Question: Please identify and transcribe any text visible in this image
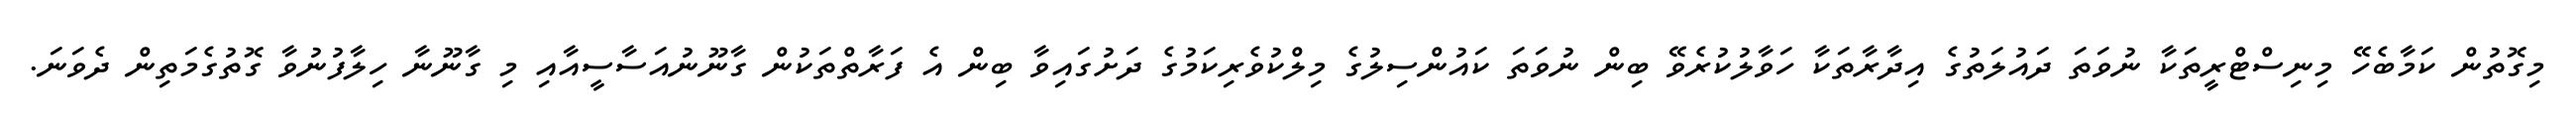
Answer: މިގޮތުން ކަމާބެހޭ މިނިސްޓްރީތަކާ ނުވަތަ ދައުލަތުގެ އިދާރާތަކާ ހަވާލުކުރެވޭ ބިން ނުވަތަ ކައުންސިލުގެ މިލްކުވެރިކަމުގެ ދަށުގައިވާ ބިން އެ ފަރާތްތަކުން ގާނޫނުއަސާސީއާއި މި ގާނޫނާ ހިލާފުނުވާ ގޮތުގެމަތިން ދެވަނަ.